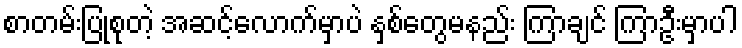
စာတမ်းပြုစုတဲ့ အဆင့်လောက်မှာပဲ နှစ်တွေမနည်း ကြာချင် ကြာဦးမှာပါ